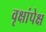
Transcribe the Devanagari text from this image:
वृक्षांपेक्ष